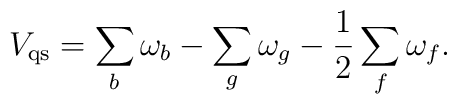
V_{ {\rm qs}} = \sum_{b}\omega_b-\sum_{g}  \omega_g -\frac{1}{2}\sum_{f} \omega_f.